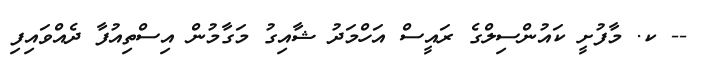
-- ކ. މާފުށީ ކައުންސިލްގެ ރައީސް އަހްމަދު ޝާއިގު މަގާމުން އިސްތިއުފާ ދެއްވައިފި